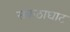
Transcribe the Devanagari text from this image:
संकठाघाट